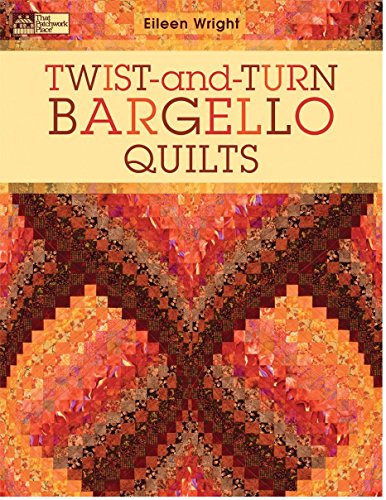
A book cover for Twist and Turn Bargello Quilts; Eileen Wright; Crafts, Hobbies & Home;